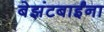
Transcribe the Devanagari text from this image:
बेझंटबाईंना